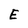
Character: E